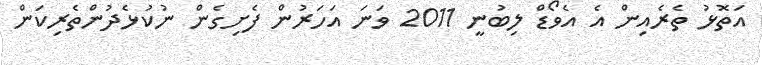
އަތޮޅު ތެރެއިން އެ އެވޯޑް ލިބުނީ 2011 ވަނަ އަހަރުން ފެށިގެން ނުކުޅެދުންތެރިކަން